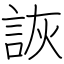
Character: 詼